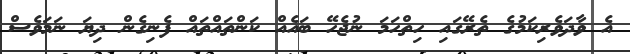
އެ ވާދަވެރިކަމުގެ ތެރޭގައި ހިތްހަމަ ނުޖެހޭ ބައެއް ކަންތައްތައް ފެނިގެން ދިޔަ ނަމަވެސް